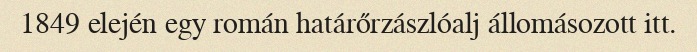
1849 elején egy román határőrzászlóalj állomásozott itt.